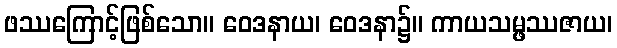
ဖဿကြောင့်ဖြစ်သော။ ဝေဒနာယ၊ ဝေဒနာ၌။ ကာယသမ္ဖဿဇာယ၊